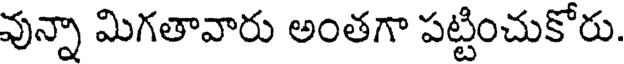
వున్నా మిగతావారు అంతగా పట్టించుకోరు.